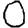
Digit: 0